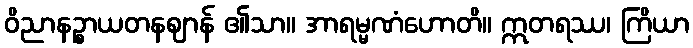
ဝိညာနဉ္စာယတနဈာန် ၏သာ။ အာရမ္မဏံဟောတိ။ ဣတရဿ၊ ကြိယာ